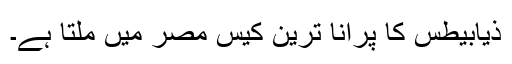
ذیابیطس کا پرانا ترین کیس مصر میں ملتا ہے۔